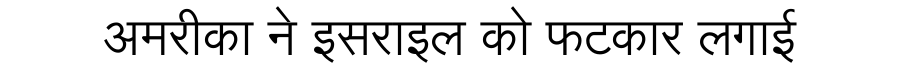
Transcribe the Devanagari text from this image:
अमरीका ने इसराइल को फटकार लगाई